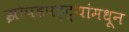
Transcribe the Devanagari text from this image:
झोपडपट्ट्यांमधून